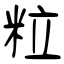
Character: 粒